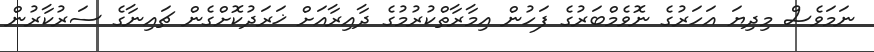
ނަމަވެސް މިދިޔަ އަހަރުގެ ނޮވެމްބަރުގެ ފަހުން އިމާރާތްކުރުމުގެ ދާއިރާއަށް ޚަރަދުކޮށްގެން ޗައިނާގެ ސަރުކާރުން